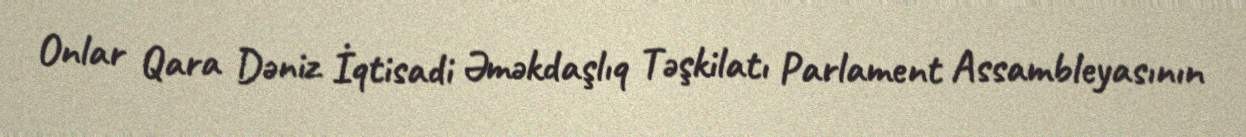
Onlar Qara Dəniz İqtisadi Əməkdaşlıq Təşkilatı Parlament Assambleyasının